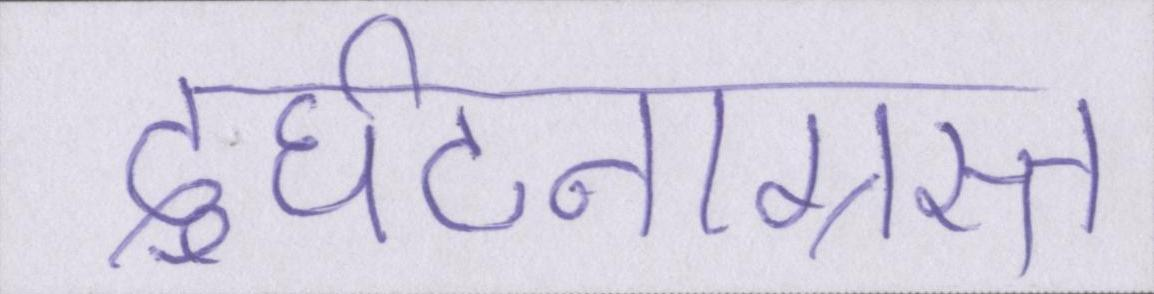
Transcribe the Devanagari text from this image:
दुर्घटनाग्रस्त